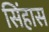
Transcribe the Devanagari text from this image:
सिंहास